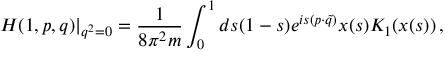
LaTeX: \left. H ( 1 , p , q ) \right| _ { q ^ { 2 } = 0 } = \frac { 1 } { 8 \pi ^ { 2 } m } \int _ { 0 } ^ { 1 } d s ( 1 - s ) e ^ { i s ( p \cdot \tilde { q } ) } x ( s ) K _ { 1 } ( x ( s ) ) \, ,